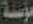
مؤسسة